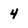
Character: 4